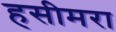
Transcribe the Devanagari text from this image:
हसीमरा